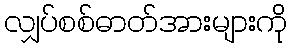
လျှပ်စစ်ဓာတ်အားများကို